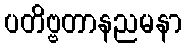
ပတိဗ္ဗတာနညမနာ